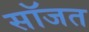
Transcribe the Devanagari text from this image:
सॉजत